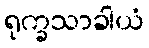
ရုက္ခသာခါယံ